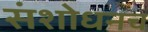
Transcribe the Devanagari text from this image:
संशोधनच